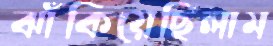
ঝাঁকিয়েছিলাম